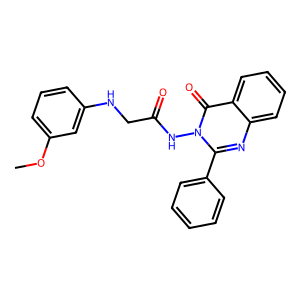
SMILES: COc1cccc(NCC(=O)Nn2c(-c3ccccc3)nc3ccccc3c2=O)c1
Inhibits HIV replication: No